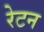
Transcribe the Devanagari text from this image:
रेटन